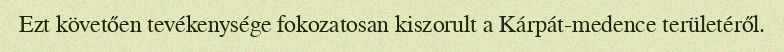
Ezt követően tevékenysége fokozatosan kiszorult a Kárpát-medence területéről.